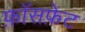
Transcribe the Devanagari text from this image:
फ़ॉसफ़ेट